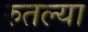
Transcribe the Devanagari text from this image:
रुतल्या